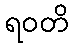
ရဝတိ